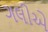
ગલીએ